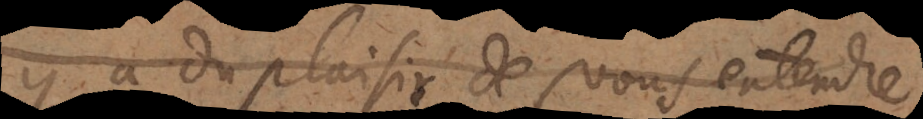
y a du plaisir de vous entendre